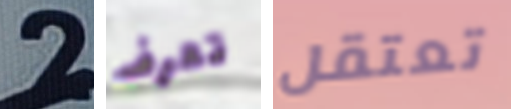
2 تعرف تعتقل